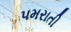
પમરાતી